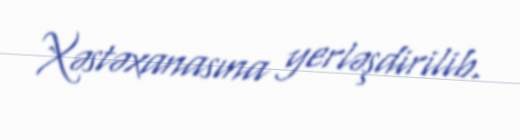
Xəstəxanasına yerləşdirilib.